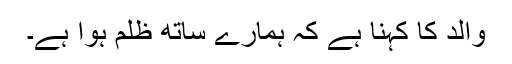
والد کا کہنا ہے کہ ہمارے ساتھ ظلم ہوا ہے۔